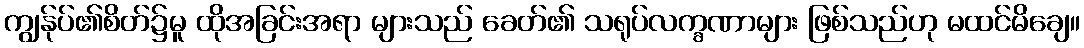
ကျွန်ုပ်၏စိတ်၌မူ ထိုအခြင်းအရာ များသည် ခေတ်၏ သရုပ်လက္ခဏာများ ဖြစ်သည်ဟု မထင်မိချေ။